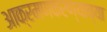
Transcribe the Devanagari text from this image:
आक्रमणकरण्याच्या